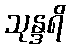
သုန္ဒရိ